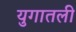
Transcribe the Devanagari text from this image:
युगातली